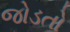
જોડતો